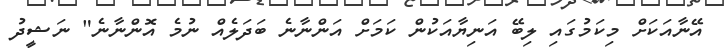
އޭނާއަަކަށް މިކަމުގައި ލިބޭ އަނިޔާއަކުން ކަމަށް އަންނާނެ ބަދަލެއް ނުމެ އޮންނާނެ" ނަޝީދު